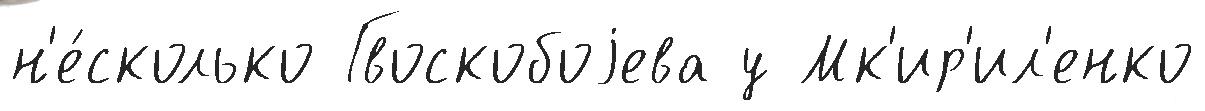
н'е́сколько Гвоскобоjева у Мк'ир'ил'енко